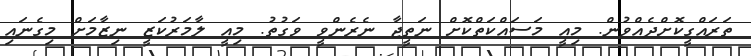
ތަރައްގީކޮށްދެއްވުން. މިއީ މަސައްކަތްކޮށް ނަތީޖާ ނެރެންވީ ވަގުތު. މިއީ ލާމަރުކަޒީ ނިޒާމަށް މިގެނައި